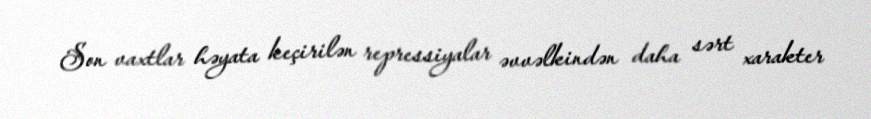
Son vaxtlar həyata keçirilən repressiyalar əvvəlkindən daha sərt xarakter